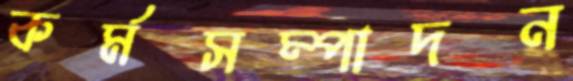
কর্মসম্পাদন